Annual administration report of the Bombay Presidency - 1887-1892
Year: 1887
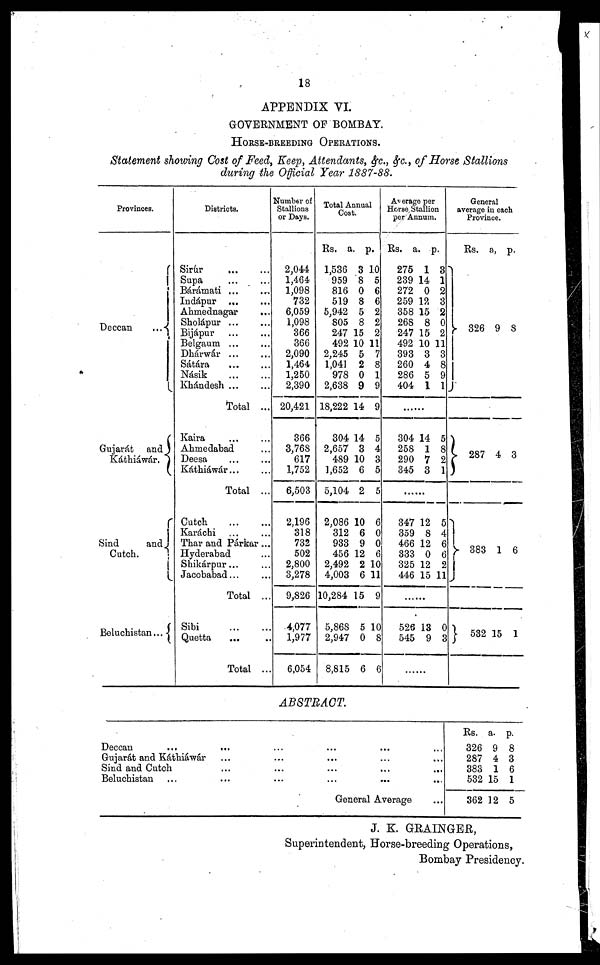
18
APPENDIX VI.
GOVERNMENT OF BOMBAY.
HORSE-BREEDING OPERATIONS.
Statement showing Cost of Feed, Keep, Attendants, &c., &c., of Horse Stallions
during the Official Year 1887-88.
Provinces.
Deccan
...
Gujarát and
Káthiáwár.
Sind
and
Cutch.
Beluchistan...
Districts.
Sirúr
...
...
Supa
...
...
Bárámati ... ...
Indápur ... ...
Ahmednagar ...
Sholápur ... ...
Bijápur ... ...
Belgaum ... ...
Dhárwár ... ...
Sátára
... ...
Násik
...
...
Khándesh ... ...
Total ...
Kaira ... ...
Ahmedabad ...
Deesa ... ...
Káthiáwár ... ...
Total ...
Cutch ... ...
Karachi
Thar and Párkar ...
Hyderabad
Shikárpur ... ...
Jacobabad ... ...
Total ...
Sibi
...
...
Quetta ... ..
Total ...
Number of
Stallions
or Days.
2,044
1,464
1,098
732
6,059
1,098
366
366
2,090
1,464
1,250
2,390
20,421
366
3,768
617
1,752
6,503
2,196
318
732
502
2,800
3,278
9,826
4,077
1,977
6,054
Total Annual
Cost.
Rs.
1,536
959
816
519
5,942
805
247
492
2,245
1,041
978
2,638
18,222
304
2,657
489
1,652
5,104
2,086
312
933
456
2,492
4,003
10,284
5,868
2,947
8,815
a.
3
8
0
8
5
8
15
10
5
2
0
9
14
14
3
10
6
2
10
6
9
12
2
6
15
5
0
6
p.
10
5
6
6
2
2
2
11
7
8
1
9
9
5
4
3
5
5
6
0
0
6
10
11
9
10
8
6
Average per
Horse Stallion
per Annum.
Rs.
275
239
272
259
358
268
247
492
393
260
286
404
a.
1
14
0
12
15
8
15
10
3
4
5
1
p.
3
1
2
3
2
0
2
11
3
8
9
1
......
304
258
290
345
14
1
7
3
5
8
2
1
......
347
359
466
333
325
446
12
8
12
0
12
15
5
4
6
6
2
11
......
526
545
13
9
0
3
......
General
averagein each
Province.
Rs.
326
a.
9
p.
8
287
4 3
383
1
6
532 15 1
ABSTRACT.
Deccan ... ... ... ... ...
Gujarát and Káthiáwár... ... ... ...
Sind and Cutch... ... ... ...
Beluchistan ... ... ... ... ...
General
Average...
Rs.
326
287
383
532
362
a.
9
4
1
15
12
p.
8
3
6
1
5
J. K. GRAINGER,
Superintendent, Horse-breeding Operations,
Bombay Presidency.